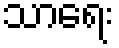
သာရေး